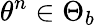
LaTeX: \theta^{n}\in\Theta_{b}